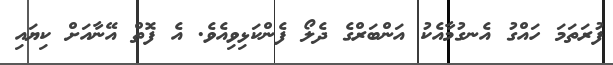
ފުރަތަމަ ހައްގު އެނގުމާއެކު އަންބަރްގެ ދެލޯ ފެންކަޅިވިއެވެ. އެ ފޮތް އޭނާއަށް ކިޔައި